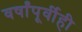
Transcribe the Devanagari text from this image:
वर्षांपूर्वीही